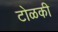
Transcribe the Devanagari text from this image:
टोळकी